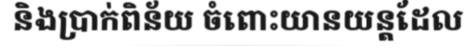
និងប្រាក់ពិន័យ ចំពោះយានយន្តដែល